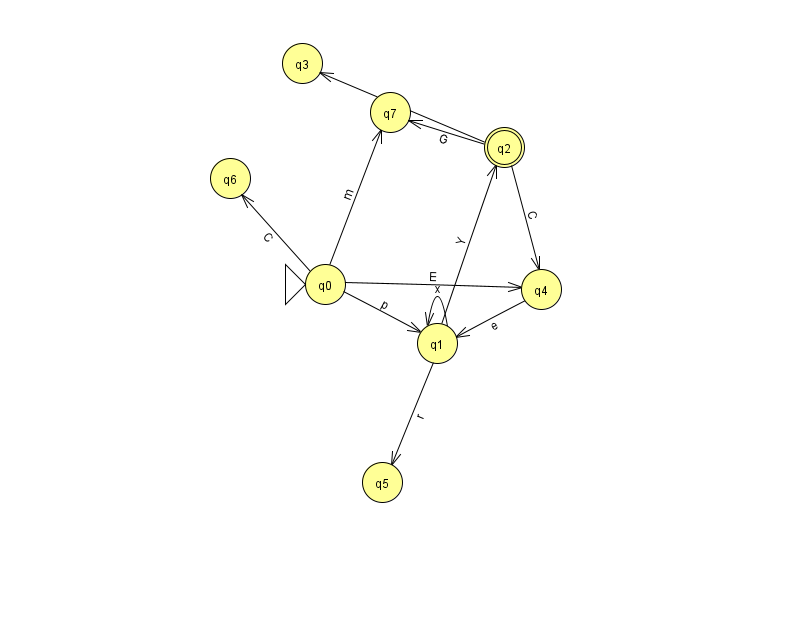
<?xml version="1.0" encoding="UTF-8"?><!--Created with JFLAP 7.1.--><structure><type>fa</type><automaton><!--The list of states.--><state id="0" name="q0"><x>325.0</x><y>271.0</y><initial/></state><state id="1" name="q1"><x>437.0</x><y>330.0</y></state><state id="2" name="q2"><x>504.0</x><y>134.0</y><final/></state><state id="3" name="q3"><x>302.0</x><y>50.0</y></state><state id="4" name="q4"><x>541.0</x><y>276.0</y></state><state id="5" name="q5"><x>382.0</x><y>469.0</y></state><state id="6" name="q6"><x>230.0</x><y>165.0</y></state><state id="7" name="q7"><x>390.0</x><y>99.0</y></state><!--The list of transitions.--><transition><from>0</from><to>1</to><read>p</read></transition><transition><from>1</from><to>2</to><read>Y</read></transition><transition><from>2</from><to>4</to><read>C</read></transition><transition><from>2</from><to>7</to><read>G</read></transition><transition><from>0</from><to>7</to><read>m</read></transition><transition><from>1</from><to>1</to><read>x</read></transition><transition><from>0</from><to>6</to><read>C</read></transition><transition><from>1</from><to>5</to><read>r</read></transition><transition><from>0</from><to>4</to><read>E</read></transition><transition><from>2</from><to>3</to><read>k</read></transition><transition><from>4</from><to>1</to><read>e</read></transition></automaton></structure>